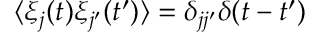
\langle \xi _ { j } ( t ) \xi _ { j ^ { \prime } } ( t ^ { \prime } ) \rangle = \delta _ { j j ^ { \prime } } \delta ( t - t ^ { \prime } )